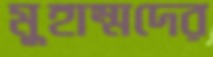
মুহাম্মদের